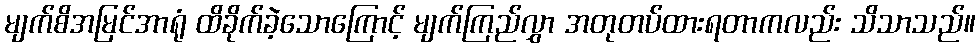
မျက်စိအမြင်အာရုံ ထိခိုက်ခဲ့သောကြောင့် မျက်ကြည်လွှာ အတုတပ်ထားရတာကလည်း သိသာသည်။